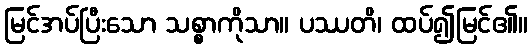
မြင်အပ်ပြီးသော သစ္စာကိုသာ။ ပဿတိ၊ ထပ်၍မြင်၏။